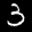
Label: 3